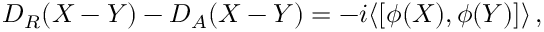
D _ { R } ( X - Y ) - D _ { A } ( X - Y ) = - i \langle [ \phi ( X ) , \phi ( Y ) ] \rangle \, , \nonumber